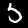
Label: 5